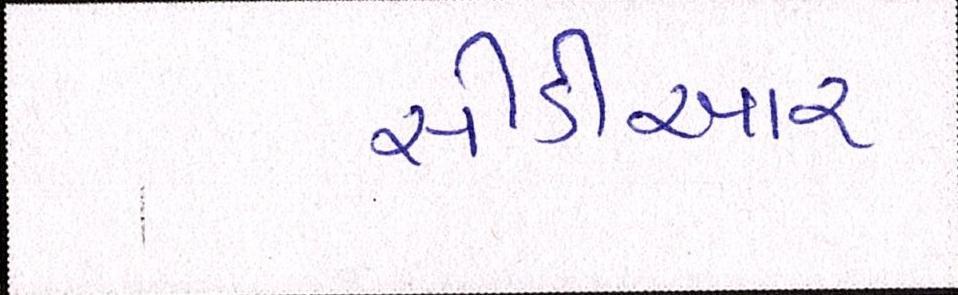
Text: સીડીઆર